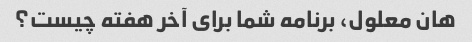
هان معلول، برنامه شما برای آخر هفته چیست؟